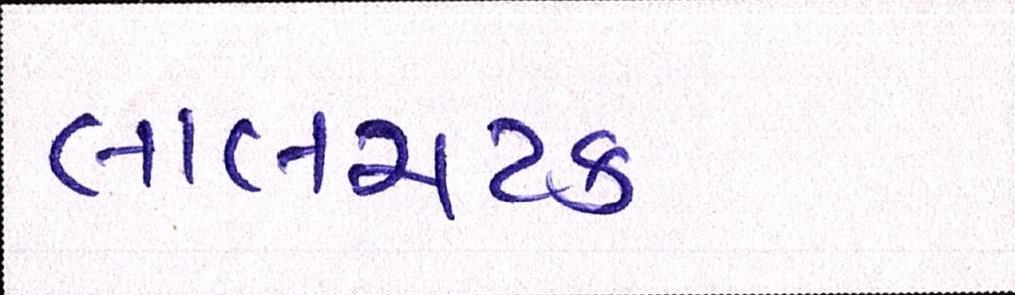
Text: લાલચટક